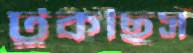
টুকছিস